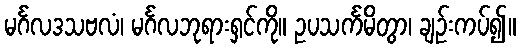
မင်္ဂလဒသဗလံ၊ မင်္ဂလဘုရားရှင်ကို။ ဥပသင်္ကမိတွာ၊ ချဉ်းကပ်၍။